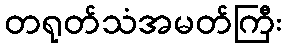
တရုတ်သံအမတ်ကြီး